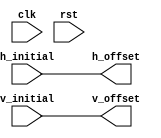
`timescale 1ns / 1ps
//////////////////////////////////////////////////////////////////////////////////
// Company: 
// Engineer: 
// 
// Design Name: 
// Module Name: stablizer
// Project Name: 
// Target Devices: 
// Tool Versions: 
// Description: 
// 
// Dependencies: 
// 
// Revision:
// Revision 0.01 - File Created
// Additional Comments:
// 
//////////////////////////////////////////////////////////////////////////////////


module stablizer(
	input clk,
	input rst,
	input [9:0] h_initial,
	input [9:0] v_initial,
	output [9:0] h_offset,
	output [9:0] v_offset
	);

reg h_direction;	//0->left, 1->right
reg v_direction;	//0->down, 1->up
wire [9:0] length;

assign length = 16;
assign v_offset = v_initial;
assign h_offset = h_initial;
endmodule